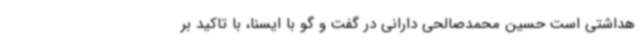
هداشتی است حسین محمدصالحی دارانی در گفت و گو با ایسنا، با تاکید بر